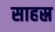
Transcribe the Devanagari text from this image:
साहस्र